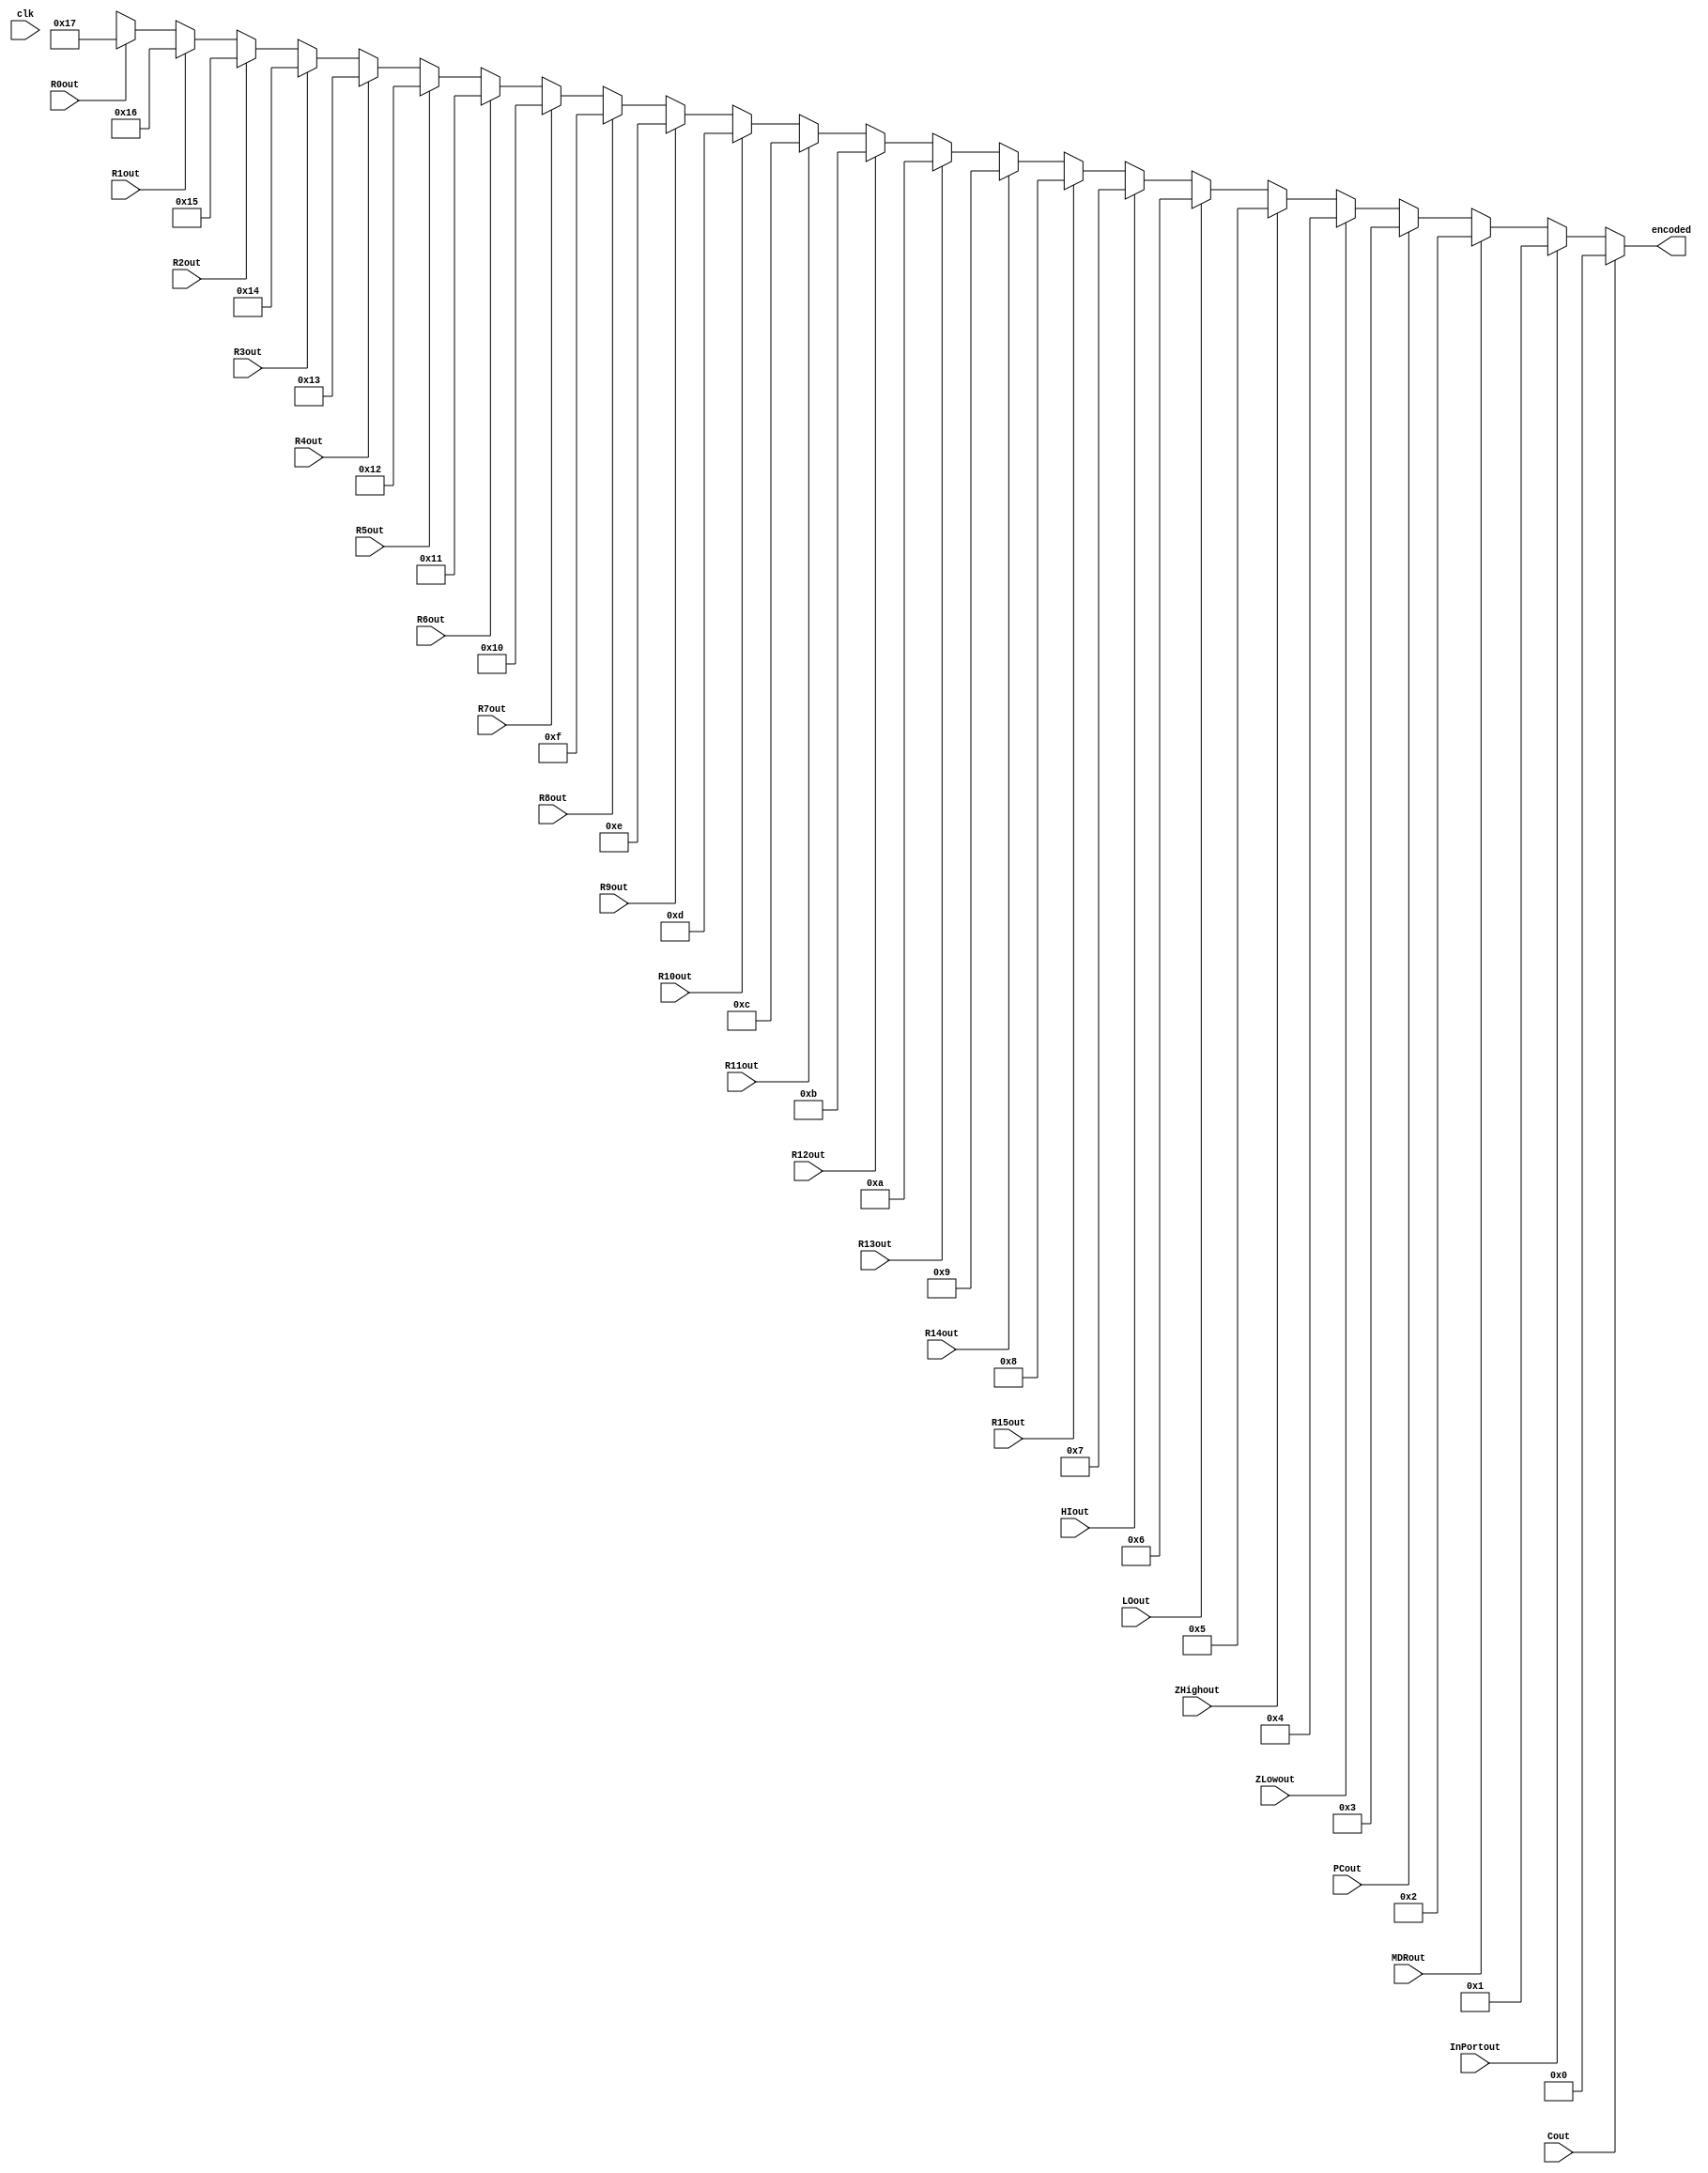
module bus_enc(
	input R0out, R1out, R2out, R3out, R4out, R5out, R6out, R7out, R8out, R9out, R10out, R11out, R12out, R13out, R14out, R15out, HIout,
							LOout, ZHighout, ZLowout, PCout, MDRout, InPortout, Cout,
	output reg[4:0] encoded,
	input clk
	);
	
	wire[31:0] outCombined;
	
	assign outCombined = {R0out, R1out, R2out, R3out, R4out, R5out, R6out, R7out, R8out, R9out, R10out, R11out, R12out, R13out, R14out, R15out, HIout,
							LOout, ZHighout, ZLowout, PCout, MDRout, InPortout, Cout};
	
	
	always @ (outCombined, clk)
		casez (outCombined)
			32'b???????????????????????????????1	:	encoded<=0;
			32'b??????????????????????????????1?	:	encoded<=1;
			32'b?????????????????????????????1??	:	encoded<=2;
			32'b????????????????????????????1???	:	encoded<=3;
			32'b???????????????????????????1????	:	encoded<=4;
			32'b??????????????????????????1?????	:	encoded<=5;
			32'b?????????????????????????1??????	:	encoded<=6;
			32'b????????????????????????1???????	:	encoded<=7;
			32'b???????????????????????1????????	:	encoded<=8;
			32'b??????????????????????1?????????	:	encoded<=9;
			32'b?????????????????????1??????????	:	encoded<=10;
			32'b????????????????????1???????????	:	encoded<=11;
			32'b???????????????????1????????????	:	encoded<=12;
			32'b??????????????????1?????????????	:	encoded<=13;
			32'b?????????????????1??????????????	:	encoded<=14;
			32'b????????????????1???????????????	:	encoded<=15;
			32'b???????????????1????????????????	:	encoded<=16;
			32'b??????????????1?????????????????	:	encoded<=17;
			32'b?????????????1??????????????????	:	encoded<=18;
			32'b????????????1???????????????????	:	encoded<=19;
			32'b???????????1????????????????????	:	encoded<=20;
			32'b??????????1?????????????????????	:	encoded<=21;
			32'b?????????1??????????????????????	:	encoded<=22;
			32'b????????1???????????????????????	:	encoded<=23;
			default											:	encoded<=5'bx;
		endcase		
		
endmodule